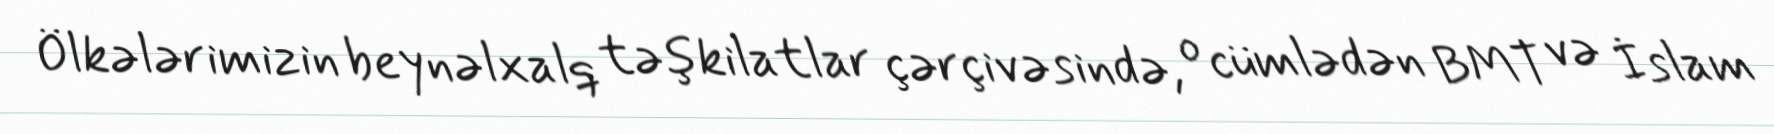
Ölkələrimizin beynəlxalq təşkilatlar çərçivəsində, o cümlədən BMT və İslam